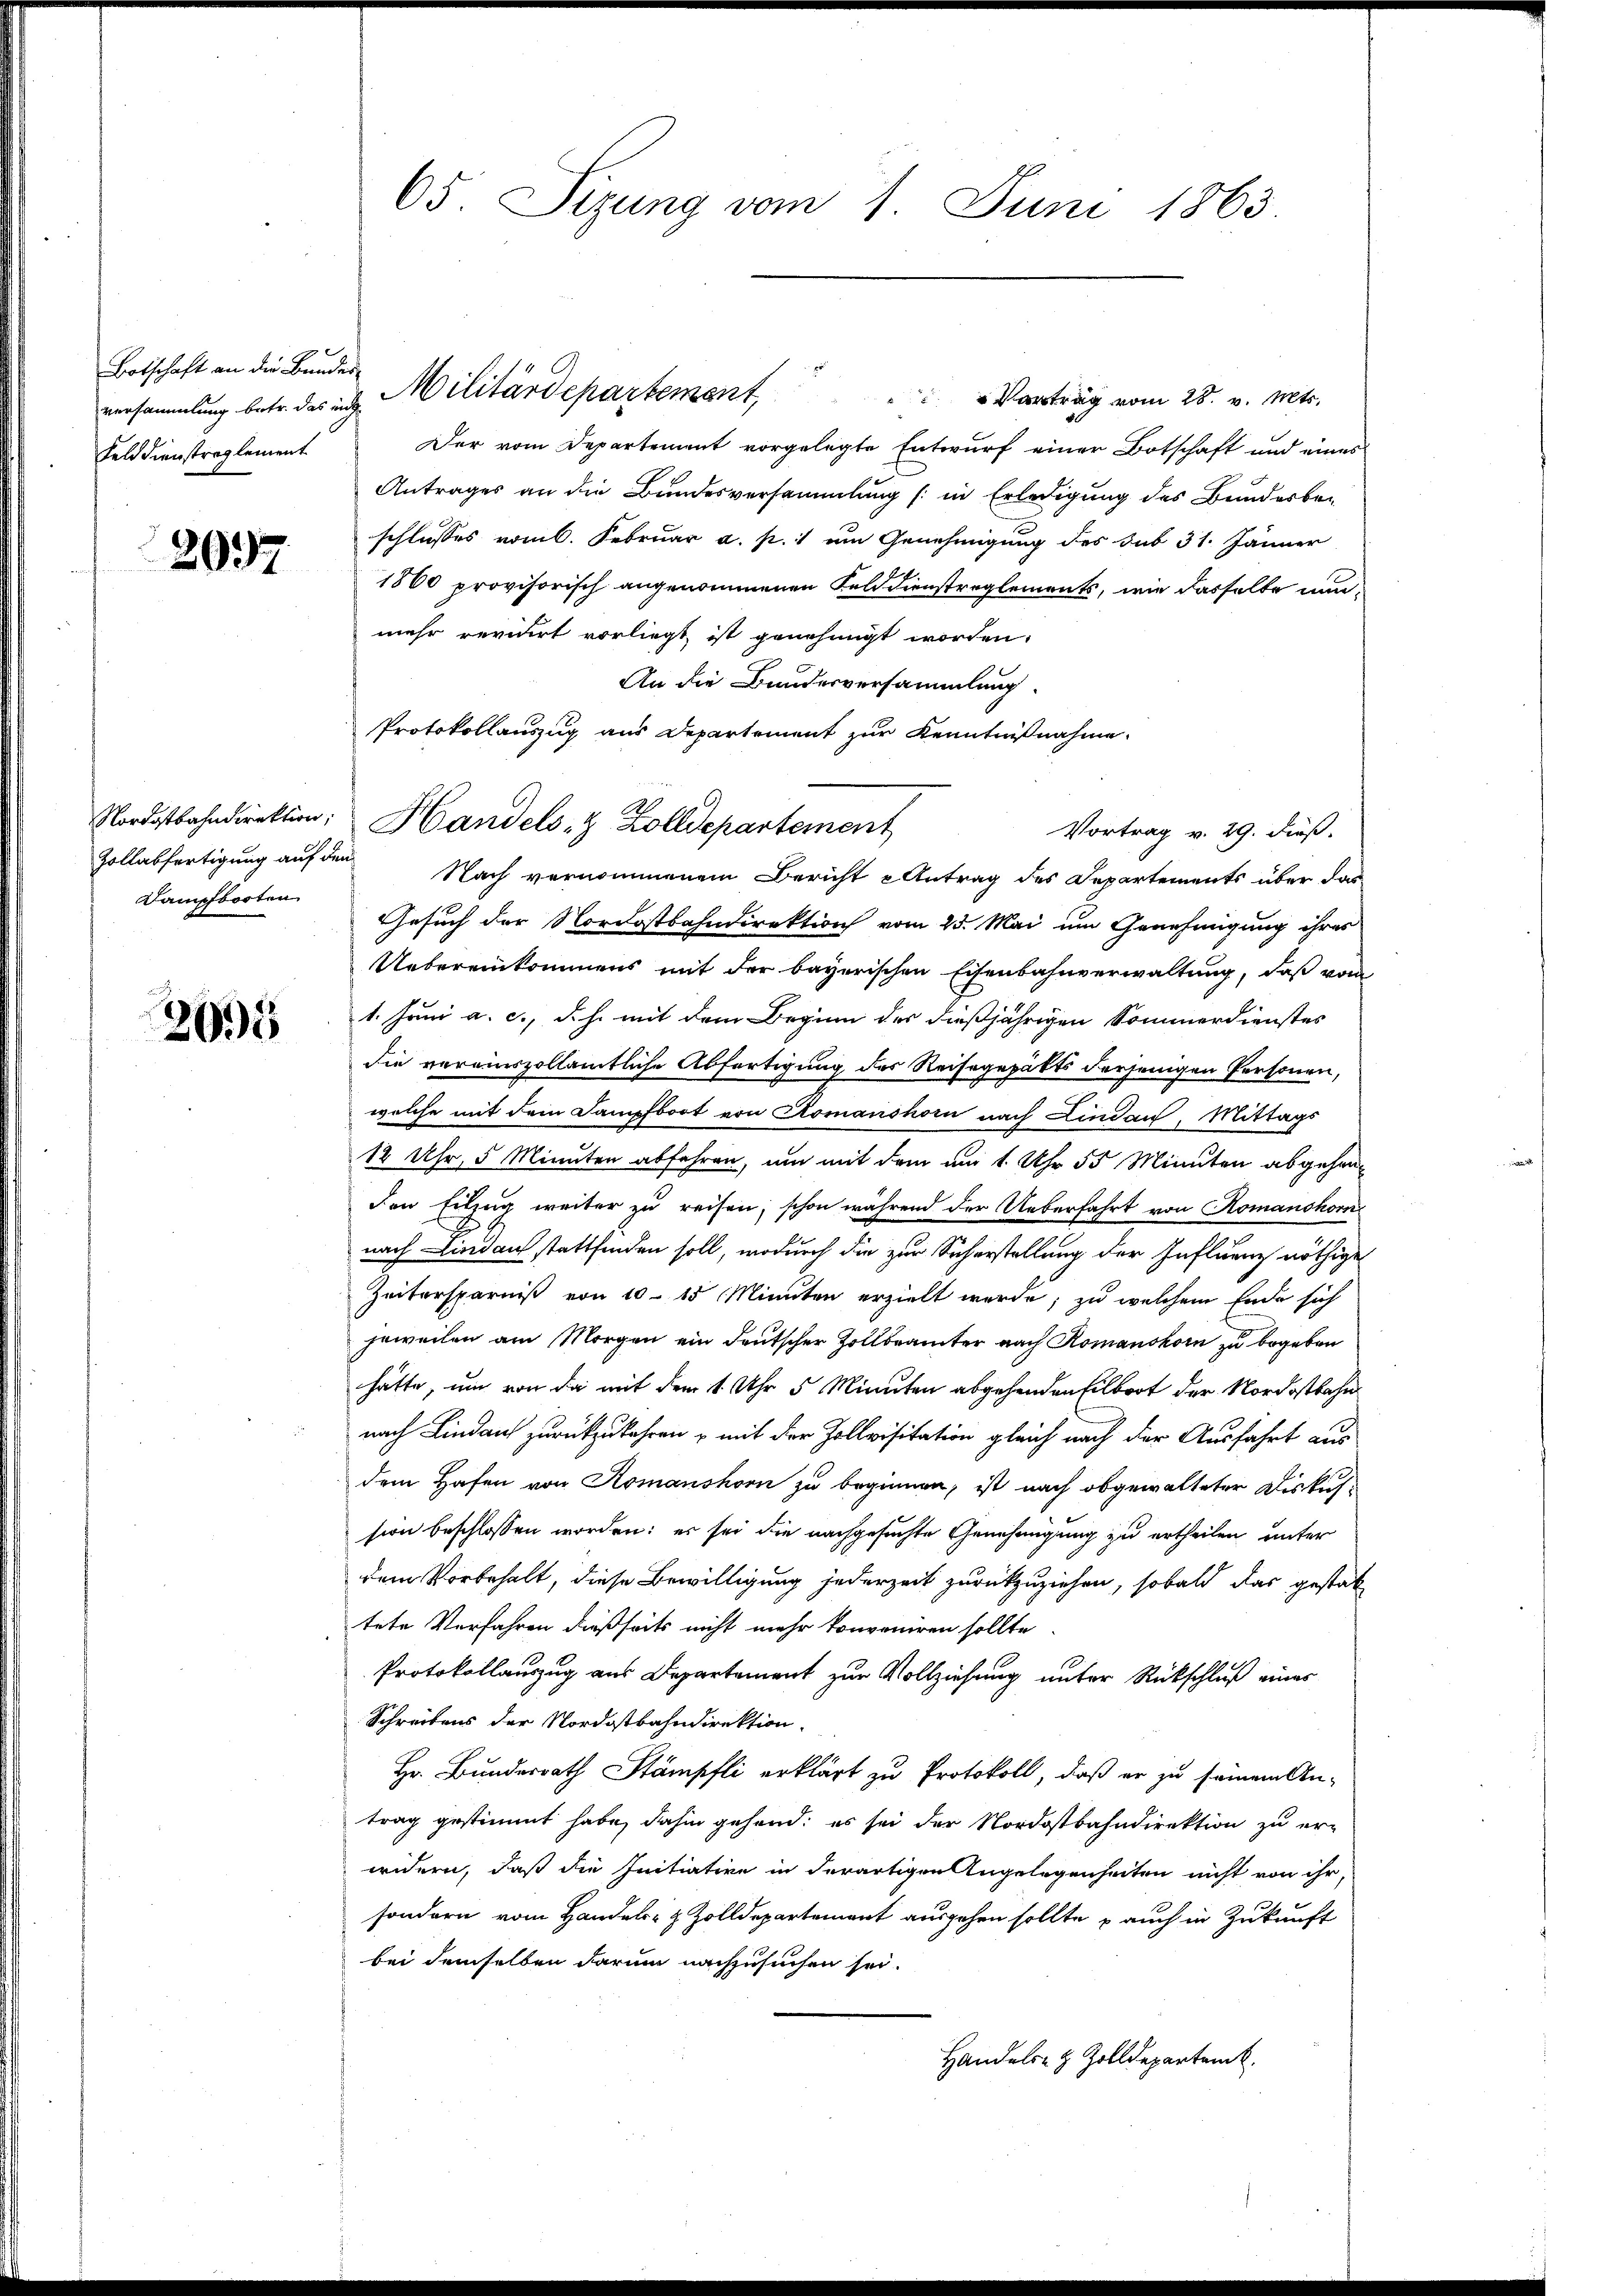
Botschaft an die Bunder
Feld dienstreglement

2037

Zollabfertigung auf den
Dampfbooten

2001

versammlung betr. das an Militärdepartement, Vortrag vom 28. v. Mts.
Der vom Departement vorgelegte Entwurf einer Botschaft und eines
Antrages an die Bundesversammlung (: in Erledigung des Bunderbeschlusses vom 6. Februar a. p. um Genehmigung des sub 31. Jänner
1860 provisorisch angenommenen Feld dienstreglements, wie dasselbe nunmehr revidirt vorliegt ist genehmigt worden.
An die Bandesversammlung.
Protokollauszug aus Departement zur Kenntnißnahme
Nach vernommenem Bericht e Antrag des Departements über das
Gesuch der Nordostbahndirektion vom 25. Mai um Genehmigung ihres
Uebereinkommens mit der bayerischen Eisenbahnverwaltung, daß vom
1. Juni a. c., d.h. mit dem Beginn des dießjährigen Sommerdienstes
die vereinsvollämtliche Abfertigung des Reisegepakts derjenigen Personen,
welche mit dem Dampfboot von Romanshorn nach Lindau, Mittags
12 Uhr, 5 Minuten abfahren, um mit dem am 1. Uhr 55 Minuten abgehen
den Eilzug weiter zu reisen; schon während der Ueberfahrt von Romanshorn
nach Lindau stattfinden soll, wodurch die zur Sicherstellung der Influenz nöthige
Zeitersparniß von 10 - 15 Minuten erzielt werde; zu welchem Ende sich
jeweilen am Morgen ein deutscher Zollbeamter nach Romanshorn zu begeben
hätte, um von da mit dem 1 Uhr 5 Minuten abgehenden Eilboot der Nordostbahn
nach Lindau zurückzukehren, mit der Zollvisitation gleich nach der Ausfahrt aus
dem Hafen von Komanshorn zu beginnen, ist nach obgewalteter Diskus-
sion beschlossen worden: es sei die nachgesuchte Genehmigung zu ertheilen unter
dem Vorbehalt, diese Bewilligung jederzeit zurückzuziehen, sobald das gestat-
tete Verfahren dießseits nicht mehr konveniren sollte
Protokollauszug aus Departement zur Vollziehung unter Rückschluß eines
Schreibens der Nordostbahndirektion.
Hr. Bundesrath Stämpfli erklärt zu Protokoll, daß er zu seinem An-
trag gestimmt habe, dahin gehend; es sei der Nordostbahndirektion zu er-
widern, daß die Initiative in derartigen Angelegenheiten nicht von ihr,
sondern vom Handels- & Zolldepartement ausgehen sollte auch in Zukunft
bei demselben darum nachzusuchen sei.
Handels- & Zolldepartemb.

65. Sizung vom 1. Juni 1863.

Nordostbahndirektion, Handels- & Zolldepartement

Vortrag v. 29. dieß.